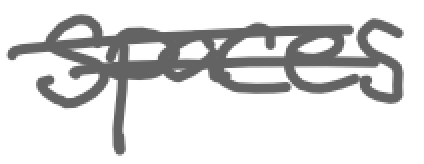
Text: spaces
Cross-out: wave
Writing tool: digital_gray